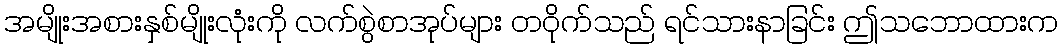
အမျိုးအစားနှစ်မျိုးလုံးကို လက်စွဲစာအုပ်များ တဝိုက်သည် ရင်သားနာခြင်း ဤသဘောထားက